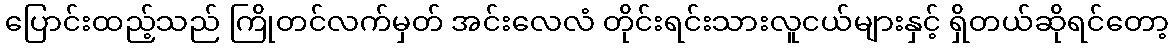
ပြောင်းထည့်သည် ကြိုတင်လက်မှတ် အင်းလေလံ တိုင်းရင်းသားလူငယ်များနှင့် ရှိတယ်ဆိုရင်တော့